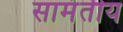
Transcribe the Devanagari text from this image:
सामंतीय